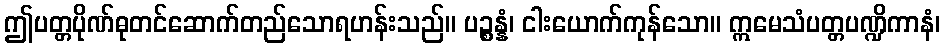
ဤပတ္တပိုဏ်ဓုတင်ဆောက်တည်သောရဟန်းသည်။ ပဉ္စန္နံ၊ ငါးယောက်ကုန်သော။ ဣမေသံပတ္တပဏ္ဍိကာနံ၊